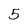
Character: 5